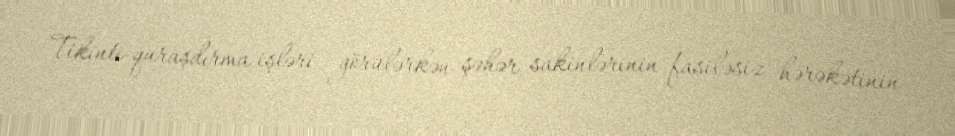
Tikinti-quraşdırma işləri görülərkən şəhər sakinlərinin fasiləsiz hərəkətinin